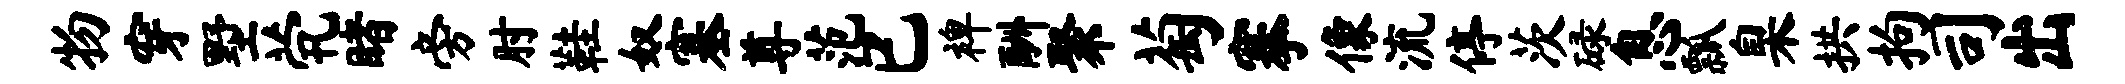
物穿墅茕睹旁肘鞋奴塞尊范已裨酬聚萄搴像流停茨碌息瓢臬拱拘司出